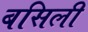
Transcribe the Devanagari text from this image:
बसिली